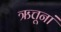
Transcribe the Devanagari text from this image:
ऋत्तूनां